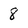
Character: 8